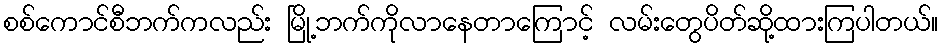
စစ်ကောင်စီဘက်ကလည်း မြို့ဘက်ကိုလာနေတာကြောင့် လမ်းတွေပိတ်ဆို့ထားကြပါတယ်။